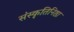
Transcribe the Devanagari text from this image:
संस्कृतिनिष्ठा